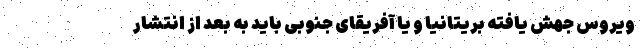
ویروس جهش یافته بریتانیا و یا آفریقای جنوبی باید به بعد از انتشار